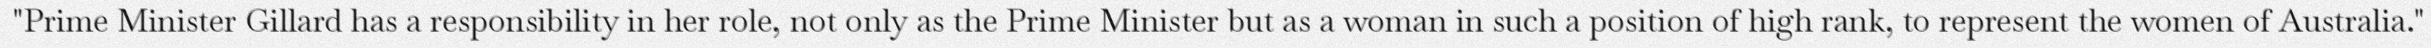
"Prime Minister Gillard has a responsibility in her role, not only as the Prime Minister but as a woman in such a position of high rank, to represent the women of Australia."